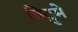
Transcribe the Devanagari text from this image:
विद्रुमे